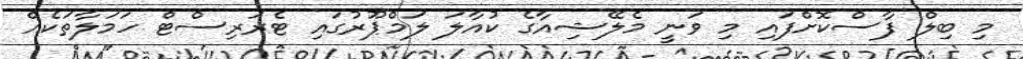
މި ބިލް ފާސްކޮށްފައި މި ވަނީ މެލޭޝިއާގެ ކުއާލަ ލަމްޕޫރުގައި ޓެރަރިސްޓް ހަމަލާތަކެއް